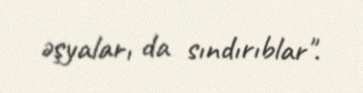
əşyaları da sındırıblar".